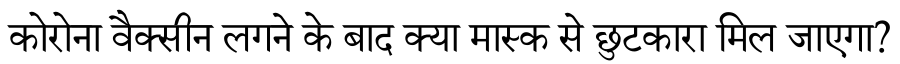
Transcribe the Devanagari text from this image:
कोरोना वैक्सीन लगने के बाद क्या मास्क से छुटकारा मिल जाएगा?